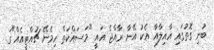
ބުނި ގޮތުގައި އާއިލާއާ އެކު އޭނާ ރާއްޖެ އައީ "މަސައްކަތް ހިމެނޭ ޗުއްޓީއެއް"ގަ